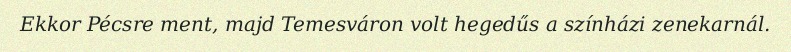
Ekkor Pécsre ment, majd Temesváron volt hegedűs a színházi zenekarnál.